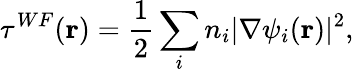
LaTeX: \tau^{WF}(\mathbf{r})=\frac{1}{2}\sum_{i}n_{i}|\nabla\psi_{i}(\mathbf{r})|^{2},